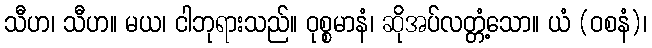
သီဟ၊ သီဟ။ မယ၊ ငါဘုရားသည်။ ဝုစ္စမာနံ၊ ဆိုအပ်လတ္တံ့သော။ ယံ (ဝစနံ)၊